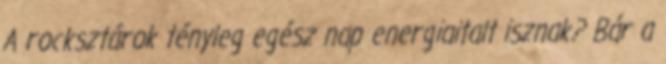
A rocksztárok tényleg egész nap energiaitalt isznak? Bár a